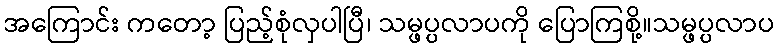
အကြောင်း ကတော့ ပြည့်စုံလှပါပြီ၊ သမ္ဖပ္ပလာပကို ပြောကြစို့။သမ္ဖပ္ပလာပ